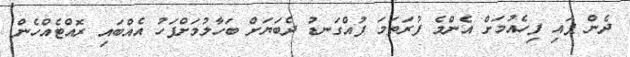
ދެން ޕައި ފިހެއުމަށް އެންމެ ފުރަތަމަ ފުއްގަނޑު ދެބަޔަށް ބަހާލުމަށްފަހު އެއްބައި ރޮއްޓެއްހެން